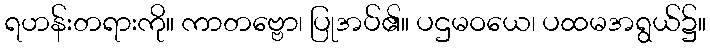
ရဟန်းတရားကို။ ကာတဗ္ဗော၊ ပြုအပ်၏။ ပဌမဝယေ၊ ပထမအရွယ်၌။